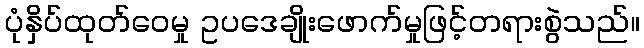
ပုံနှိပ်ထုတ်ဝေမှု ဥပဒေချိုးဖောက်မှုဖြင့်တရားစွဲသည်။